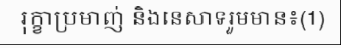
រុក្ខាប្រមាញ់ និងនេសាទរួមមាន៖(1)